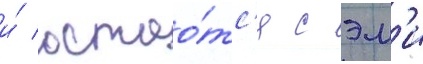
и́ остао́тс'я с эм'и